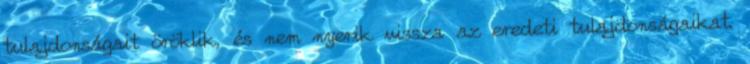
tulajdonságait öröklik, és nem nyerik vissza az eredeti tulajdonságaikat.